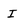
Character: I